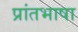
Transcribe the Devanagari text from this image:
प्रांतभाषा